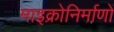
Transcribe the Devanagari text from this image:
माइक्रोनिर्माणों